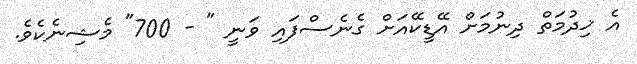
އެ ޚިދުމަތް ދިނުމަށް އޭޑީކޭއަށް ގެނެސްފައި ވަނީ " - 700" މެޝިނެކެވެ.